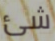
شئ